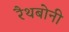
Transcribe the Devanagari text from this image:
रैथबोनी